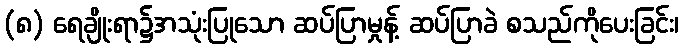
(၈) ရေချိုးရာ၌အသုံးပြုသော ဆပ်ပြာမှုန့် ဆပ်ပြာခဲ စသည်ကိုပေးခြင်း၊